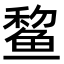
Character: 𫚞